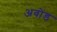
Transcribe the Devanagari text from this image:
अवोंड